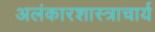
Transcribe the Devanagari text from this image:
अलंकारशास्त्राचार्य